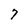
Character: 7